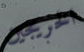
الخريجين